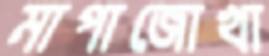
মাপাজোখা